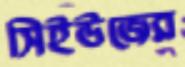
সিইউজের